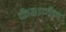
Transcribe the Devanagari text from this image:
कैशमैन